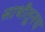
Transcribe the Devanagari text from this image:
साथीतूनच